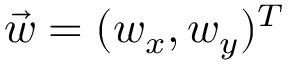
\vec { w } = ( w _ { x } , w _ { y } ) ^ { T }